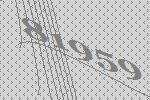
81959